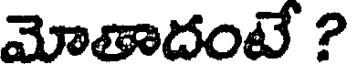
మోతాదంటే ?